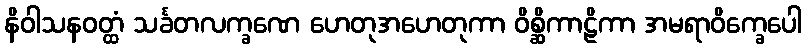
နိဝါသနဝတ္ထံ သင်္ခတလက္ခဏေ ဟေတုအဟေတုကာ ဝိစ္ဆိကာဠိကာ အမရာဝိက္ခေပေါ